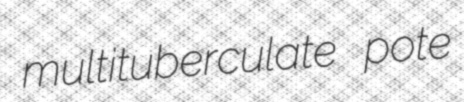
multituberculate pote